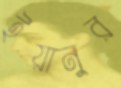
ইয়ানুর